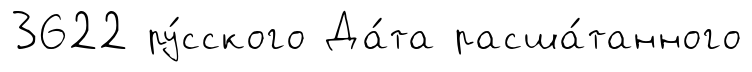
3622 ру́сского Да́та расша́танного